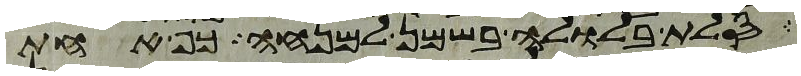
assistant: סלת בלולה בשמן למנחה כף אחת